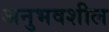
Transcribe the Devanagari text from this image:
अनुभवशील